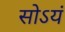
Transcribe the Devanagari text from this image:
सोऽयं